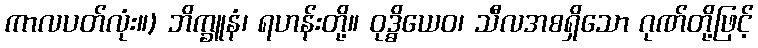
ကာလပတ်လုံး။) ဘိက္ခူနံ၊ ရဟန်းတို့။ ဝုဒ္ဓိယေဝ၊ သီလအစရှိသော ဂုဏ်တို့ဖြင့်